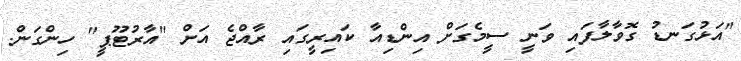
"އަޅުގަނޑު ގޮވާލާފައި ވަނީ ސީމެގަށް އިންޑިއާ ކައިރީގައި ރާއްޖެ އަށް "އާރުޓޫޕީ" ހިންގަން.